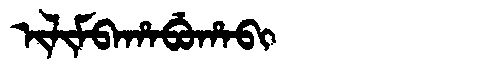
Manchu: ᡳᠯᡳᠮᠪᠠᡥᠠᠪᡠᡥᠠᠪᡳ
Romanization: ILIMBAHABUHABI